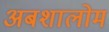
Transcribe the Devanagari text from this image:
अबशालोम